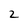
Character: 2